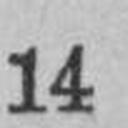
14